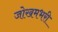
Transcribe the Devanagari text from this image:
जोखमभरी